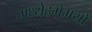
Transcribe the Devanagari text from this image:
मध्येहमेमयो